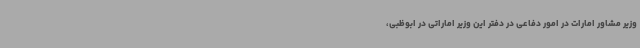
وزیر مشاور امارات در امور دفاعی در دفتر این وزیر اماراتی در ابوظبی،